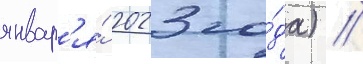
январ'я́ 2023 го́да) //